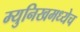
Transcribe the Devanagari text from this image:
म्युनिखमध्येच